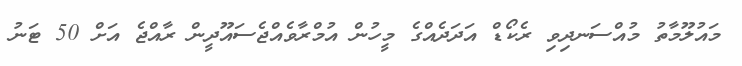
މައުލޫމާތު މުއްސަނދިވި ރެކޯޑް އަދަދެއްގެ މީހުން އުމްރާވެއްޖެސައޫދީން ރާއްޖެ އަށް 50 ޓަނު